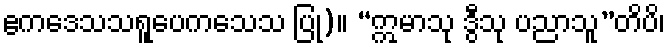
ဧကဒေသသရူပေကသေသ ပြု)။ “ဣမာသု ဒွီသု ပညာသူ”တိပိ၊